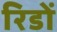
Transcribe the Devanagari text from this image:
रिडों